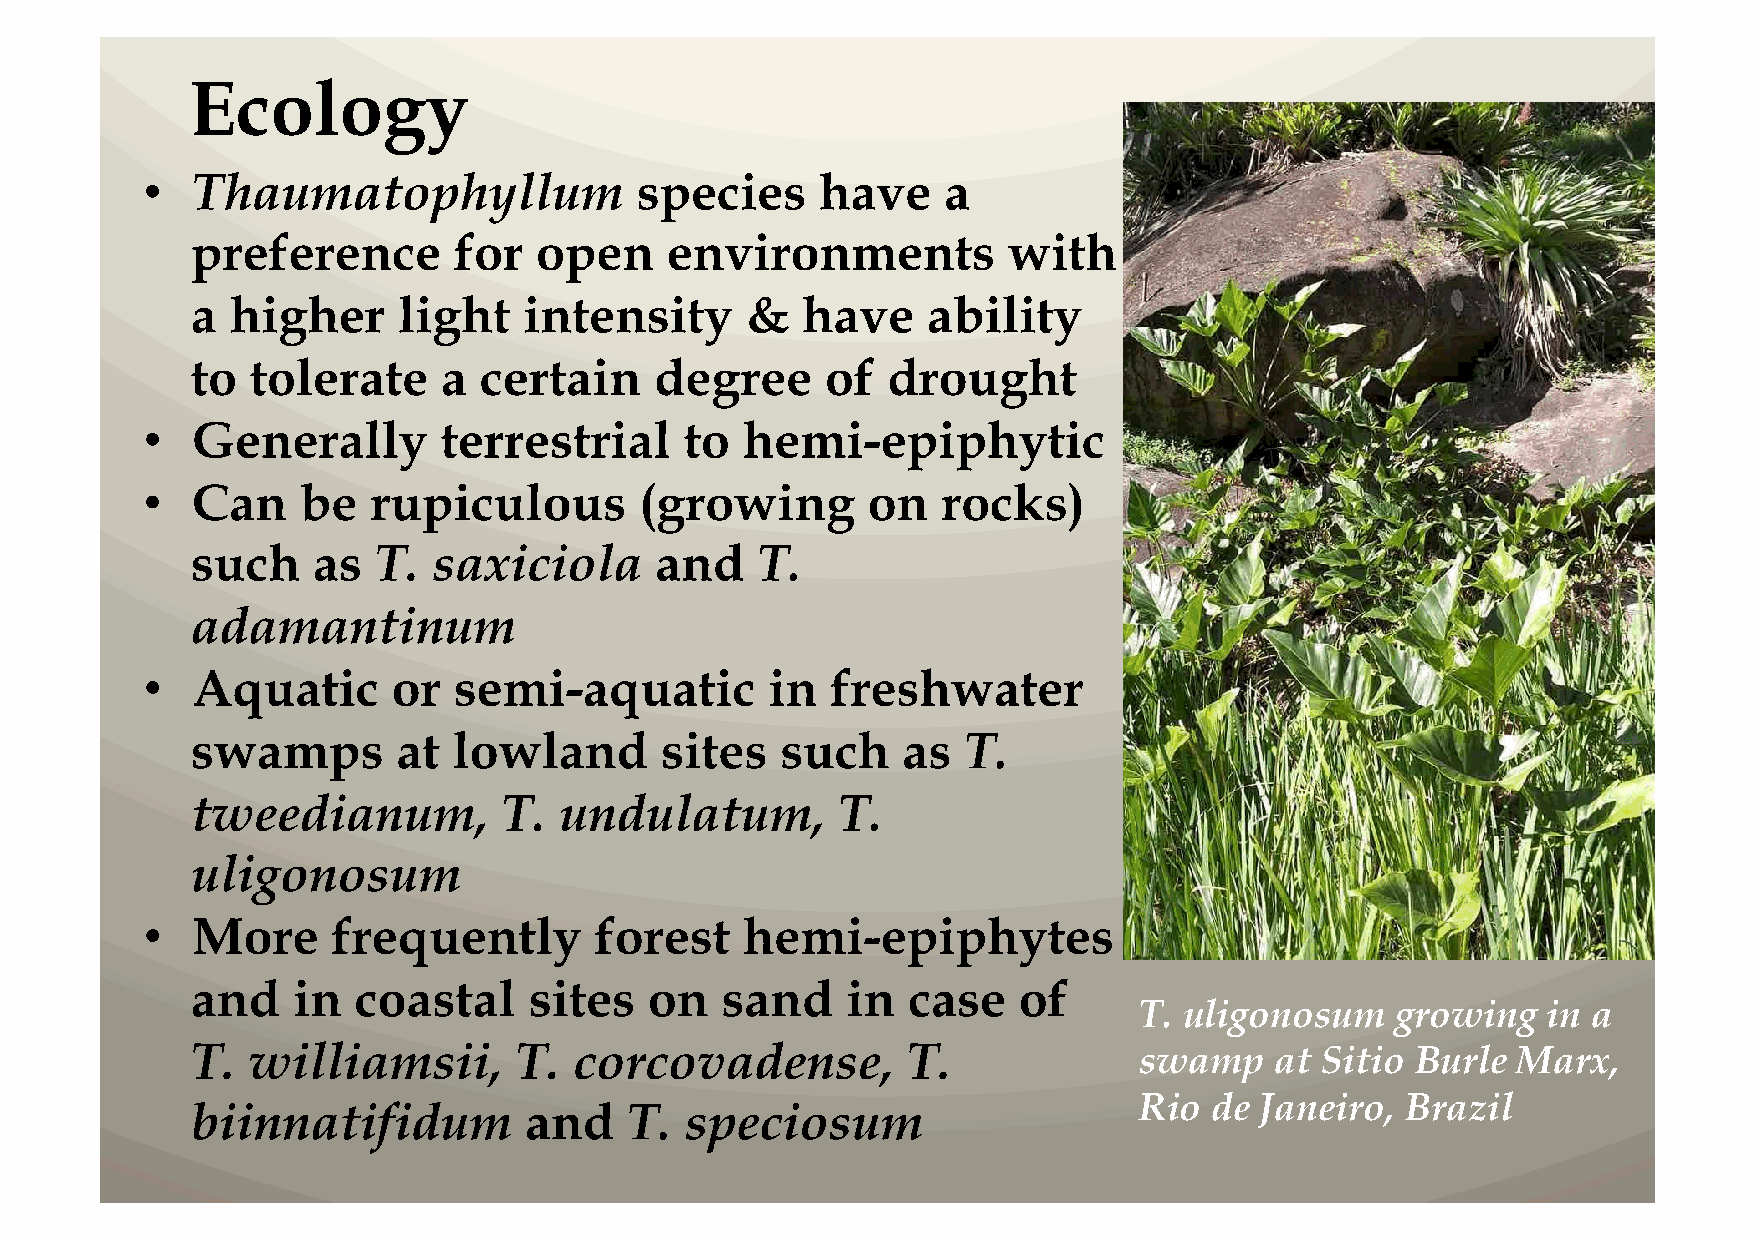
Ecology
 •   Thaumatophyllum              species     have    a
 preference       for  open     environments           with
 a higher     light    intensity     &   have    ability
 to  tolerate    a  certain    degree      of  drought
 •   Generally       terrestrial     to  hemi-epiphytic
 •   Can    be   rupiculous       (growing       on   rocks)
 such    as  T.  saxiciola     and    T.
 adamantinum
 •   Aquatic      or  semi-aquatic         in  freshwater
 swamps       at  lowland       sites   such    as  T.
 tweedianum,         T.  undulatum,        T.
 uligonosum
 •   More     frequently       forest    hemi-epiphytes
 and   in  coastal     sites   on   sand    in  case   of
 T. uligonosum    growing   in a
 T. williamsii,       T.  corcovadense,         T.             swamp    at Sitio  Burle Marx,
 Rio  de Janeiro,  Brazil
 biinnatifidum         and    T. speciosum